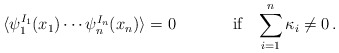
\begin{align*}\begin{array}{cc}\langle \psi^{I_{1}}_{1}(x_{1})\cdots\psi^{I_{n}}_{n}(x_{n})\rangle=0~~~~&~~~~\mbox{if~~~}\displaystyle{\sum_{i=1}^{n}\kappa_{i}\neq 0}\,.\end{array}\end{align*}